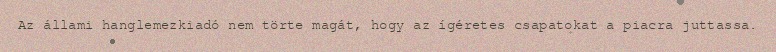
Az állami hanglemezkiadó nem törte magát, hogy az ígéretes csapatokat a piacra juttassa.